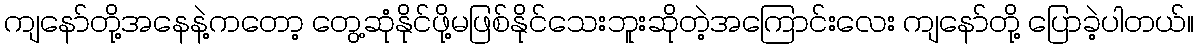
ကျနော်တို့အနေနဲ့ကတော့ တွေ့ဆုံနိုင်ဖို့မဖြစ်နိုင်သေးဘူးဆိုတဲ့အကြောင်းလေး ကျနော်တို့ ပြောခဲ့ပါတယ်။